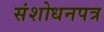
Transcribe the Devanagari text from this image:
संशोधनपत्र